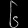
Digit: ၆